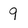
Character: 9